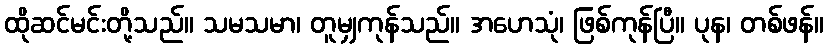
ထိုဆင်မင်းတို့သည်။ သမသမာ၊ တူမျှကုန်သည်။ အဟေသုံ၊ ဖြစ်ကုန်ပြီ။ ပုန၊ တစ်ဖန်။